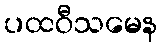
ပထဝီသမေန